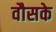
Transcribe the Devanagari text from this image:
वौसके